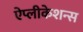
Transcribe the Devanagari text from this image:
ऐप्लीकेशन्स